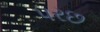
પરછ